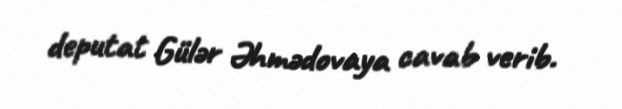
deputat Gülər Əhmədovaya cavab verib.